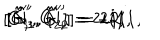
LaTeX: [ \hat { G } _ { 1 } ^ { \prime } , \hat { G } _ { 2 } ^ { \prime } ] = 2 i { \bf 1 } , \hspace { 0 . 3 c m } [ \hat { G } _ { 3 } ^ { \prime } , \hat { G } _ { 4 } ^ { \prime } ] = - 2 i { \bf 1 } , \hspace { 0 . 3 c m } [ \hat { N } _ { 1 } ^ { \prime } , \hat { N } _ { 2 } ^ { \prime } ] = 2 i { \bf 1 } ,